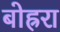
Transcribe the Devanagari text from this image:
बोह्ररा